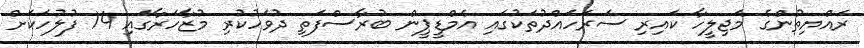
ރައްޔިތުންގެ މަޖިލީހާ ކައިރި ސަރަހައްދުތަކުގައި އެމްޑީޕީން ބުރާސްފަތި ދުވަހުކުރި މުޒާހަރާގައި 14 ފުލުހަކަށް